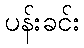
ပန်းခင်း